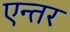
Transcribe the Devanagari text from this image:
एन्तर